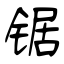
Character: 锯